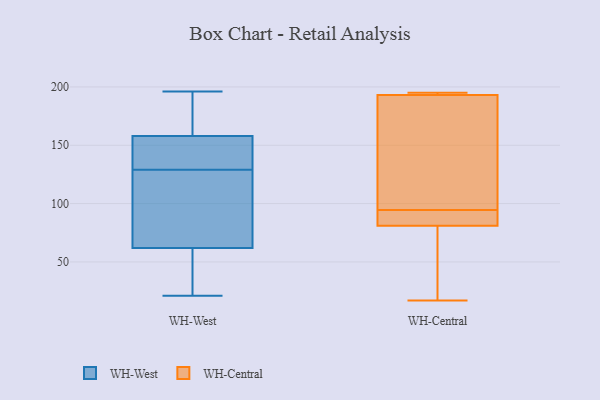
{"axis": {"x": "Customer Acquisition Cost (USD)", "y": "Value"}, "legend": ["WH-Central", "WH-West"], "data": [{"x": "", "y": 178, "type": "WH-West"}, {"x": "", "y": 176, "type": "WH-West"}, {"x": "", "y": 46, "type": "WH-West"}, {"x": "", "y": 34, "type": "WH-West"}, {"x": "", "y": 60, "type": "WH-West"}, {"x": "", "y": 64, "type": "WH-West"}, {"x": "", "y": 196, "type": "WH-West"}, {"x": "", "y": 118, "type": "WH-West"}, {"x": "", "y": 83, "type": "WH-West"}, {"x": "", "y": 151, "type": "WH-West"}, {"x": "", "y": 137, "type": "WH-West"}, {"x": "", "y": 21, "type": "WH-West"}, {"x": "", "y": 121, "type": "WH-West"}, {"x": "", "y": 153, "type": "WH-West"}, {"x": "", "y": 87, "type": "WH-West"}, {"x": "", "y": 163, "type": "WH-West"}, {"x": "", "y": 149, "type": "WH-West"}, {"x": "", "y": 152, "type": "WH-West"}, {"x": "", "y": 173, "type": "WH-West"}, {"x": "", "y": 60, "type": "WH-West"}, {"x": "", "y": 17, "type": "WH-Central"}, {"x": "", "y": 194, "type": "WH-Central"}, {"x": "", "y": 193, "type": "WH-Central"}, {"x": "", "y": 97, "type": "WH-Central"}, {"x": "", "y": 92, "type": "WH-Central"}, {"x": "", "y": 92, "type": "WH-Central"}, {"x": "", "y": 30, "type": "WH-Central"}, {"x": "", "y": 195, "type": "WH-Central"}, {"x": "", "y": 81, "type": "WH-Central"}, {"x": "", "y": 156, "type": "WH-Central"}]}